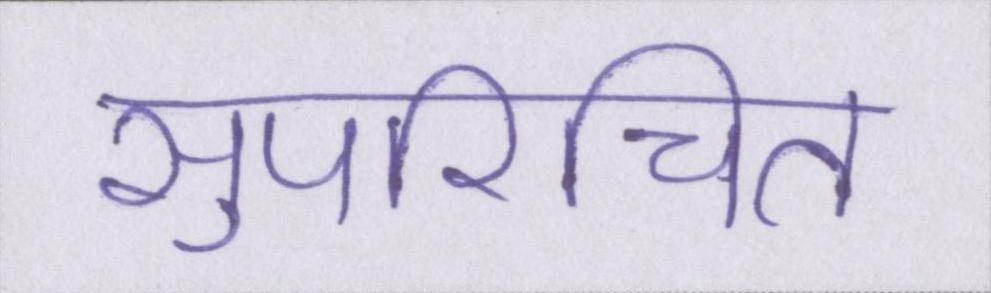
सुपरिचित